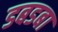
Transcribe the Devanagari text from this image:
डबडबा